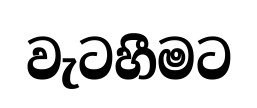
වැටහීමට